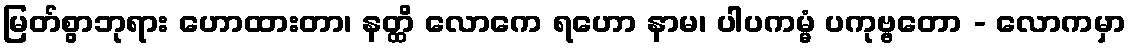
မြတ်စွာဘုရား ဟောထားတာ၊ နတ္ထိ လောကေ ရဟော နာမ၊ ပါပကမ္မံ ပကုဗ္ဗတော - လောကမှာ